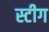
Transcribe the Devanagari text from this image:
स्टीग